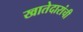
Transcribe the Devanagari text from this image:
खातेदारांची